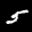
Label: 5